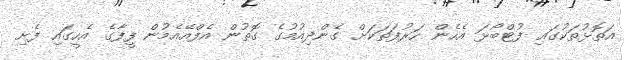
އަތޮޅުތަކުގައި ފުޓްބޯޅަ އެހެން ހަރުފަތަކަށް ގެންދިއުމުގެ ގޮތުން އެފްއޭއެމުން ފީފާގެ އެހީގައި ފެށި